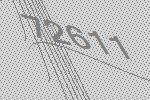
72611